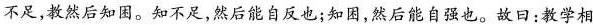
不足，教然后知困。知不足，然后能自反也；知困，然后能自强也。故日：教学相